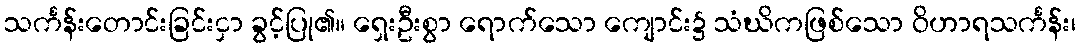
သင်္ကန်းတောင်းခြင်းငှာ ခွင့်ပြု၏။ ရှေးဦးစွာ ရောက်သော ကျောင်း၌ သံဃိကဖြစ်သော ဝိဟာရသင်္ကန်း၊